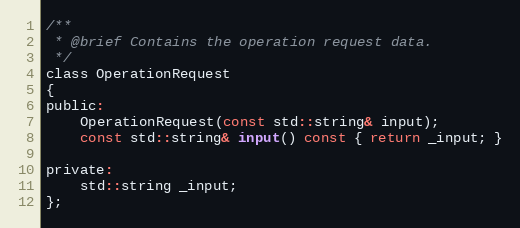
Language: C
/**
 * @brief Contains the operation request data.
 */
class OperationRequest
{
public:
    OperationRequest(const std::string& input);
    const std::string& input() const { return _input; }

private:
    std::string _input;
};